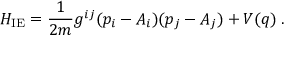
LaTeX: H _ { \mathrm { I E } } = \frac { 1 } { 2 m } g ^ { i j } ( p _ { i } - A _ { i } ) ( p _ { j } - A _ { j } ) + V ( q ) \; .